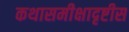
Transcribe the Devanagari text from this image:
कथासमीक्षादृष्टीस